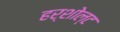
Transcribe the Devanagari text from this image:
हर्शोल्ट